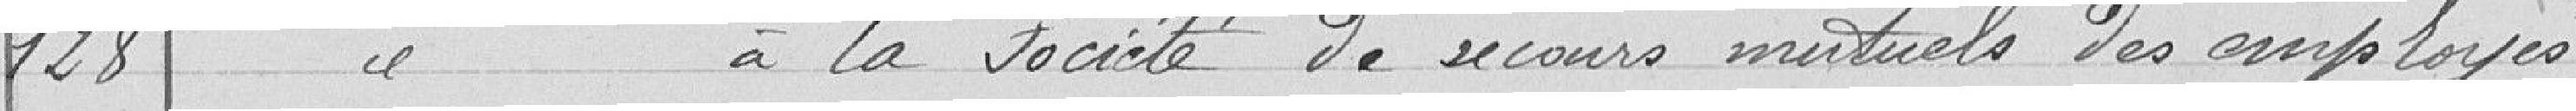
128 Subvention à la société de secours mutuels des employés